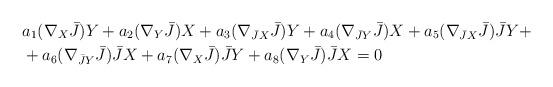
LaTeX: \begin{align*}&a_1(\nabla_X \bar{J})Y+a_2(\nabla_Y\bar{J})X+a_3(\nabla_{\bar{J}X}\bar{J})Y+a_4(\nabla_{\bar{J}Y} \bar{J})X+a_5(\nabla_{\bar{J}X}\bar{J})\bar{J}Y+\\&+a_6(\nabla_{\bar{J}Y}\bar{J})\bar{J}X+a_7(\nabla_{X}\bar{J})\bar{J}Y+a_8(\nabla_{Y} \bar{J})\bar{J}X=0 \end{align*}